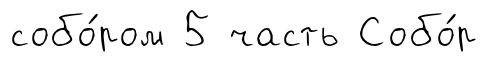
собо́ром 5 часть Собо́р